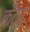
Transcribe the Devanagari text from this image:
केँद्र